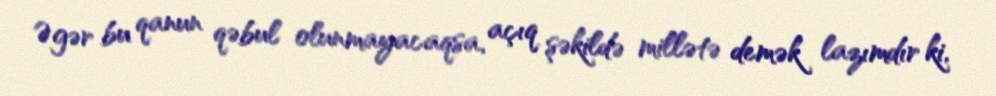
Əgər bu qanun qəbul olunmayacaqsa, açıq şəkildə millətə demək lazımdır ki,